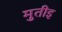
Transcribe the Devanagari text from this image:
मुतीइ